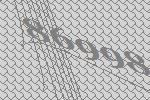
86998